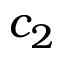
c _ { 2 }